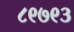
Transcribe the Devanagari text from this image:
८९७९३